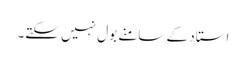
استاد کے سامنے بول نہیں سکتے۔